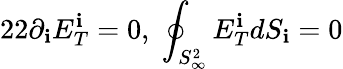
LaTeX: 22\partial_{\mathbf{i}}E_{T}^{\mathbf{i}}=0,\; \oint_{S_{\infty}^{2}}E_{T}^{\mathbf{i}}dS_{\mathbf{i}}=0